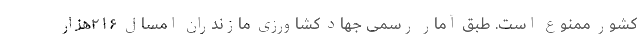
کشور ممنوع است. طبق آمار رسمی جهاد کشاورزی مازندران امسال ۲۱۶هزار